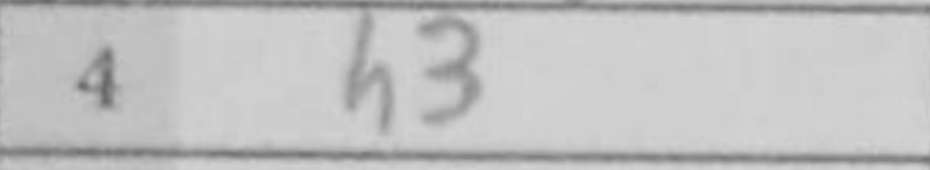
Transcription: h3